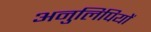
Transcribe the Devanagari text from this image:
अनुलिपियों